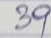
39